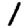
Digit: 1